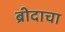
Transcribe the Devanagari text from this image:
ब्रीदाचा